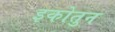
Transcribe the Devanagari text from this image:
इकोतुन